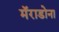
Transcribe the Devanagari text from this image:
मॅराडोना